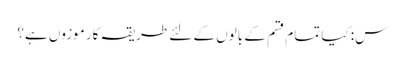
س: کیا تمام قسم کے بالوں کے لئے طریقہ کار موزوں ہے؟